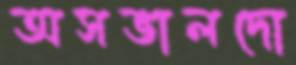
অসভালদো